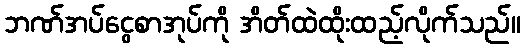
ဘဏ်အပ်ငွေစာအုပ်ကို အိတ်ထဲထိုးထည့်လိုက်သည်။